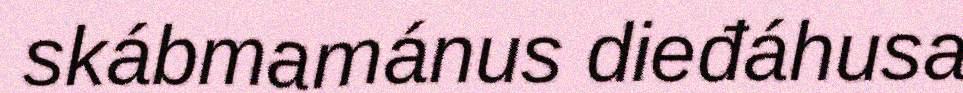
skábmamánus dieđáhusa